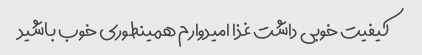
کیفیت خوبی داشت غذا امیدوارم همینطوری خوب باشید